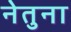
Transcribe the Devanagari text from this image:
नेतुना